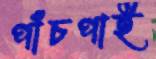
পাঁচপাই